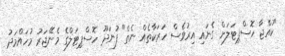
"ކުއްޖާ ހޮސްޕިޓަލަށް ގެނައި އިރުވެސް ހަރަކާތެއް ނެތް" ފުނަދޫ ހޮސްޕިޓަލްގެ މެނޭޖަރު މުހައްމަދު